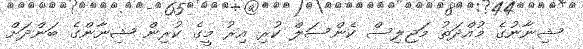
ޝިނާނުގެ މުއްދަތު މަޖިލިސް ކެންސަލް ކުރި އިރު މީގެ ކުރިން ޝިނާންގެ ބަންދަށް